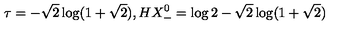
\tau = - \sqrt { 2 } \log ( 1 + \sqrt { 2 } ) , H X _ { - } ^ { 0 } = \log 2 - \sqrt { 2 } \log ( 1 + \sqrt { 2 } )